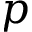
p